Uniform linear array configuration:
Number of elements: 64
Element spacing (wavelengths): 0.75
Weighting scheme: binomial
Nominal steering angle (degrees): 45
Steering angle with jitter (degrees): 46.933
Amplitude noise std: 0.05
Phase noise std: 0.05

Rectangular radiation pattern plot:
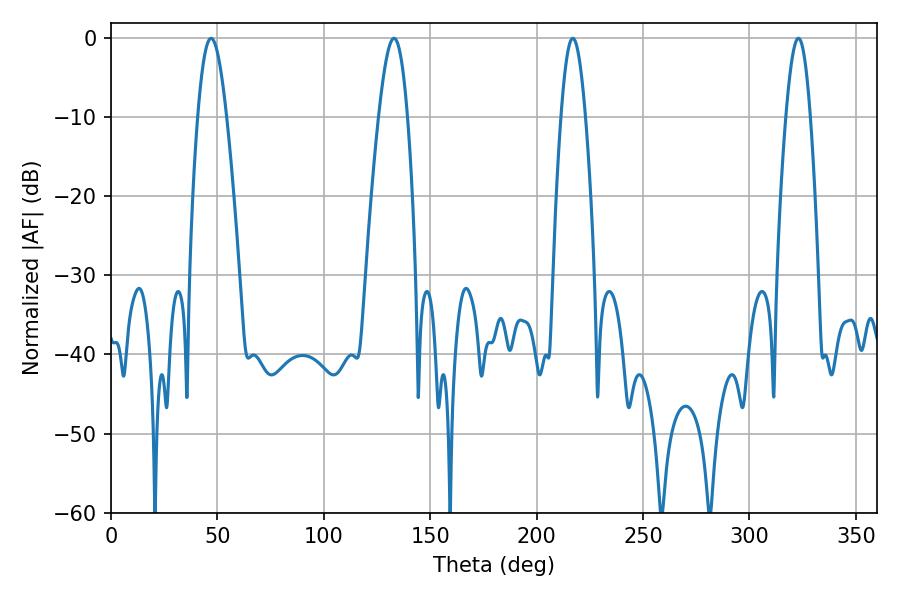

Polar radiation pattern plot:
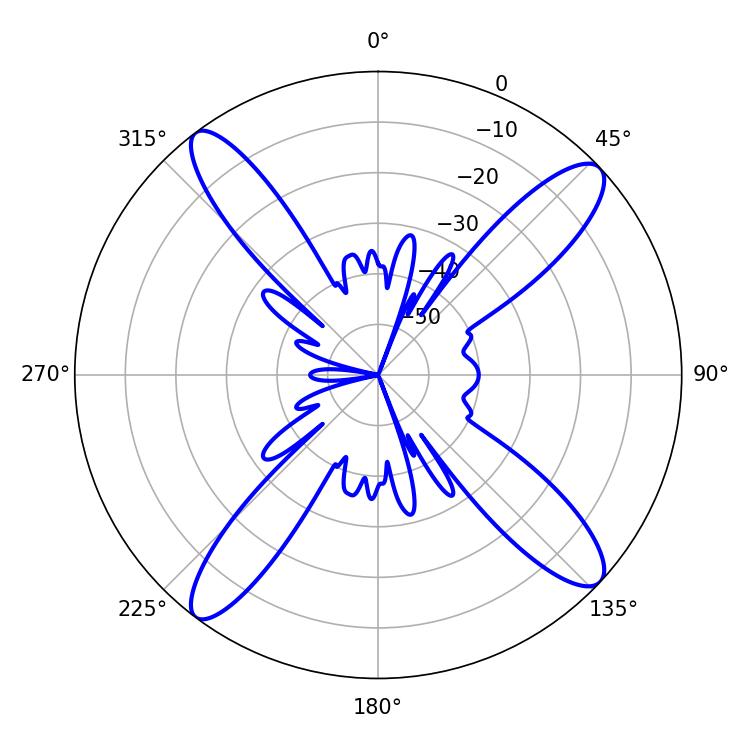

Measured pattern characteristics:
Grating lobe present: TRUE
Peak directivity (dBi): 15.094
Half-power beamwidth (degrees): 7.2
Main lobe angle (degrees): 46.98